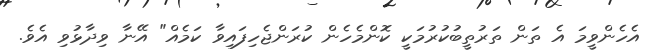
އެހެންވީމަ އެ ތަން ތަރުތީބުކުރުމަކީ ކޮންމެހެން ކުރަންޖެހިފައިވާ ކަމެއް" އޭނާ ވިދާޅުވި އެވެ.